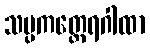
သပ္ပကတ္ထေရဂါထာ